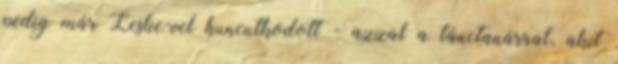
pedig már Leslie-vel huncutkodott - azzal a tánctanárral, akit